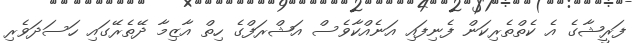
ފަރީޝާގެ އެ ކެތްތެރިކަން ފެނިފައި އަނެއްކާވެސް އަޝްރަފްގެ ހިތް އާޒިމާ ދޭތެރޭގައި ހަސަދަވެރި